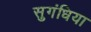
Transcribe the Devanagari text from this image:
सुगंधिया